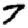
Digit: 7